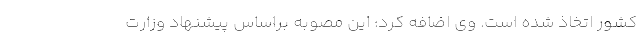
کشور اتخاذ شده است. وی اضافه کرد: این مصوبه براساس پیشنهاد وزارت